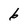
Character: 6